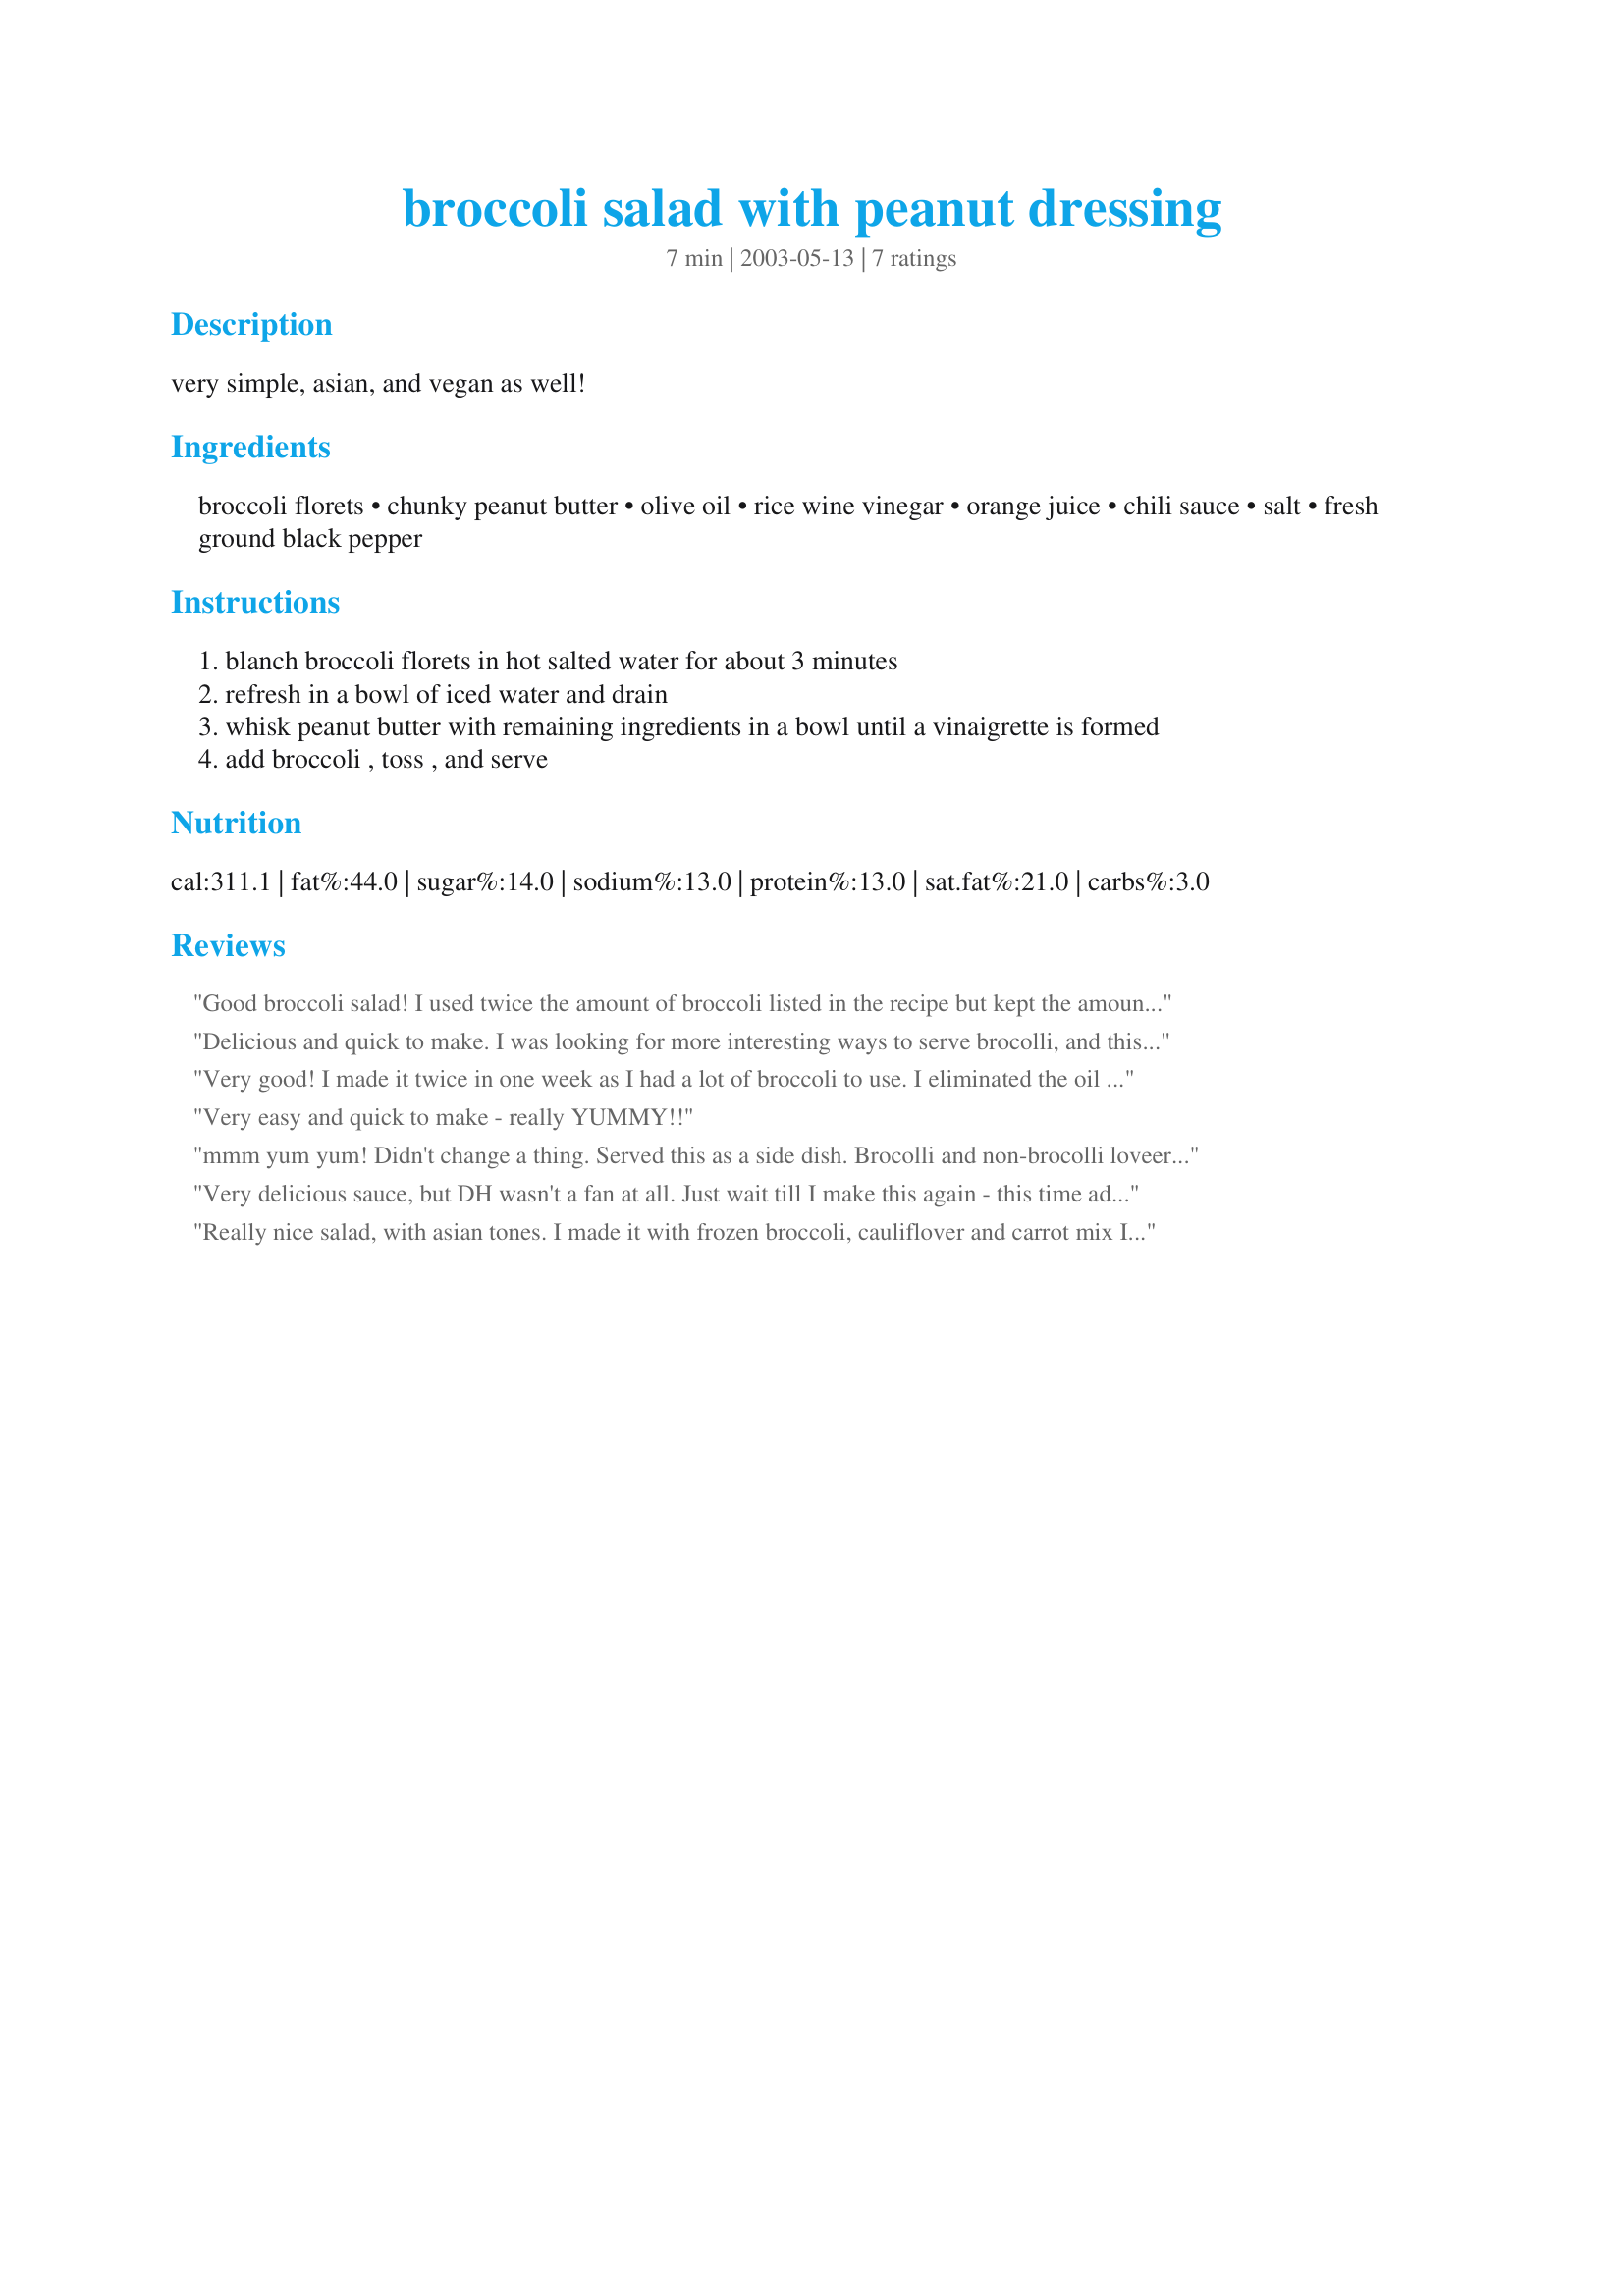
broccoli salad with peanut dressing
Preparation time: 7 minutes

very simple, asian, and vegan as well!

Ingredients:
broccoli florets, chunky peanut butter, olive oil, rice wine vinegar, orange juice, chili sauce, salt, fresh ground black pepper

Steps:
blanch broccoli florets in hot salted water for about 3 minutes
refresh in a bowl of iced water and drain
whisk peanut butter with remaining ingredients in a bowl until a vinaigrette is formed
add broccoli , toss , and serve

Reviews:
Good broccoli salad! I used twice the amount of broccoli listed in the recipe but kept the amount of sauce the same and it was just right. Also, I only blanched the florets for about a minute and a half because we like them very crisp tender. My husband who usually doesn't like broccoli, liked this very much. Thanks Mirj, we'll be doing this one again!
Delicious and quick to make. I was looking for more interesting ways to serve brocolli, and this one's very good. Easy enough to make quickly for a regular dinner.
Very good! I made it twice in one week as I had a lot of broccoli to use. I eliminated the oil and did not really measure the other ingredients, just mixed to taste and served over rice. Husband liked it too, will make it again. It is super quick and easy.
Very easy and quick to make - really YUMMY!!
mmm yum yum! Didn't change a thing. Served this as a side dish. Brocolli and non-brocolli loveer liked this all the same. Thank you, it's a good recipe to keep at hand.
Very delicious sauce, but DH wasn't a fan at all. Just wait till I make this again - this time adding the sauce to pineapples and water chestnuts and put over imitation crab, or chicken, to give this a tropical twist - I know he'll love it then!
Really nice salad, with asian tones. I made it with frozen broccoli, cauliflover and carrot mix I had on hand and it was very saucy and tasty. I did add a little sugar to round up the flavor and a little more salt.
